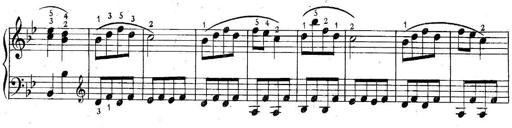
Title: 6 Easy Sonatinas
Composer: Carl Czerny